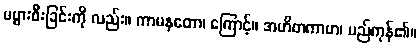
မပွားစီးခြင်းကို လည်း။ ကာမနတော၊ ကြောင့်။ အဟိတကာမာ၊ မည်ကုန်၏။